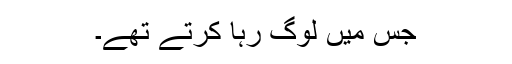
جس میں لوگ رہا کرتے تھے۔